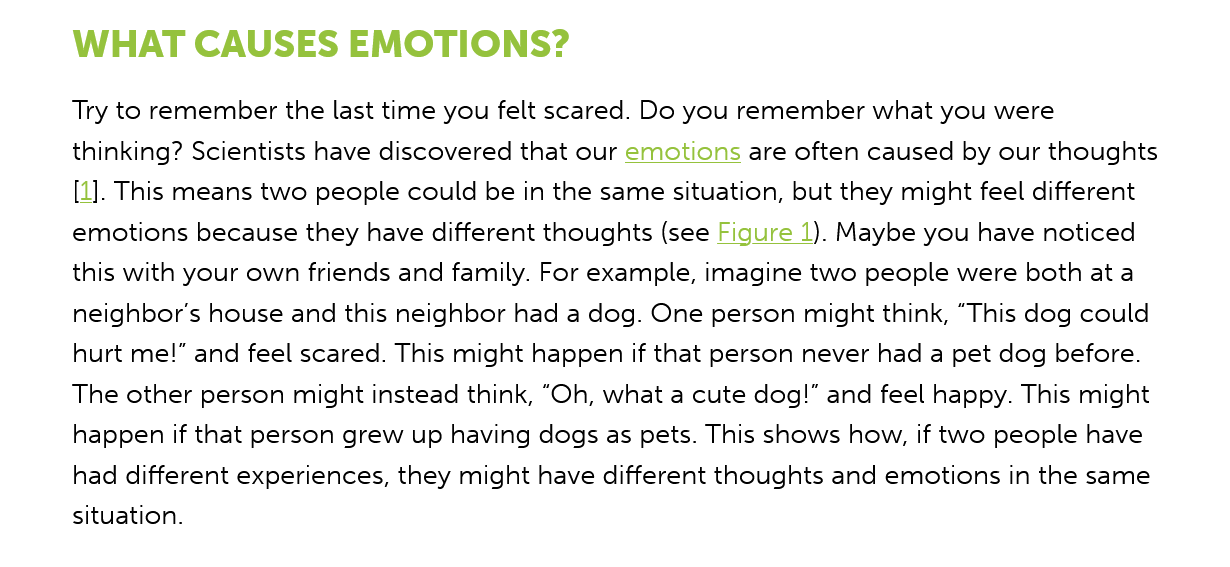
WHAT    CAUSES    EMOTIONS?
     Try to remember the last time you felt scared. Do you remember what you were
     thinking? Scientists have discovered that our emotions are often caused by our thoughts
     [1]. This means two people could be in the same situation, but they might feel different
     emotions because they have different thoughts (see Figure 1). Maybe you have noticed
     this with your own friends and family. For example, imagine two people were both at a
     neighbor's house and this neighbor had a dog. One person might think, “This dog could
     hurt me!" and feel scared. This might happen if that person never had a pet dog before.
     The other person might instead think, “Oh, what a cute dog!" and feel happy. This might
     happen if that person grew up having dogs as pets. This shows how, if two people have
     had different experiences, they might have different thoughts and emotions in the same
     situation.